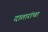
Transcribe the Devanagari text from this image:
दातारांचा